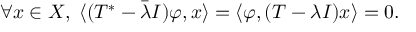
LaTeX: \forall x \in X , \; \langle ( T ^ { * } - { \bar { \lambda } } I ) \varphi , x \rangle = \langle \varphi , ( T - \lambda I ) x \rangle = 0 .